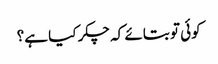
کوئی تو بتائے کہ چکر کیا ہے؟